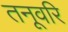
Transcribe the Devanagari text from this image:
तनूवरि